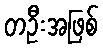
တဦးအဖြစ်